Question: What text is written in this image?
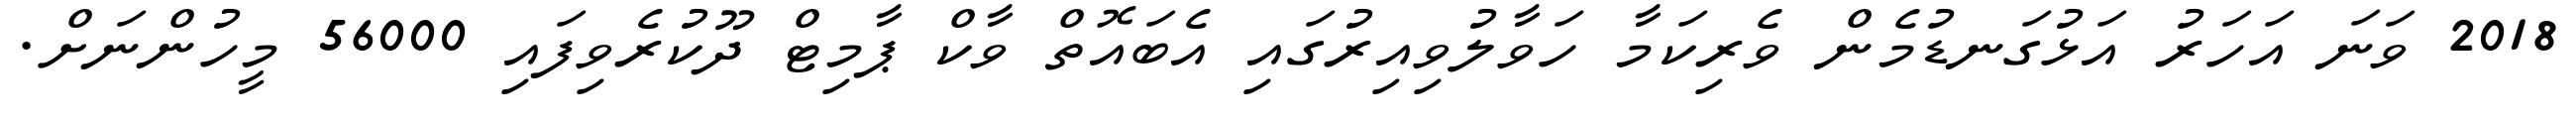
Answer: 2018 ވަނަ އަހަރު އަޅުގަނޑުމެން ވެރިކަމާ ހަވާލުވިއިރުގައި އެބައޮތް ވާކް ޕާމިޓް ދޫކުރެވިފައި 56000 މީހުންނަށް.